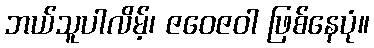
ဘယ်သူပါလိမ့်၊ ဇဝေဇဝါ ဖြစ်နေပုံ။